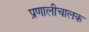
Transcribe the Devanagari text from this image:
प्रणालीचालक